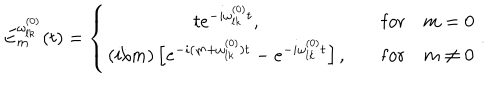
LaTeX: E _ { m } ^ { \omega _ { l k } ^ { ( 0 ) } } ( t ) = \left\{ \begin{array} { c c } { { t e ^ { - i \omega _ { l k } ^ { ( 0 ) } t } , } } & { { \quad \mathrm { f o r } \quad m = 0 } } \\ { { ( i / m ) \left[ e ^ { - i ( m + \omega _ { l k } ^ { ( 0 ) } ) t } - e ^ { - i \omega _ { l k } ^ { ( 0 ) } t } \right] , } } & { { \quad \mathrm { f o r } \quad m \neq 0 } } \\ \end{array} \right. .